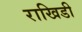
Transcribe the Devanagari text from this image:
राखिडी